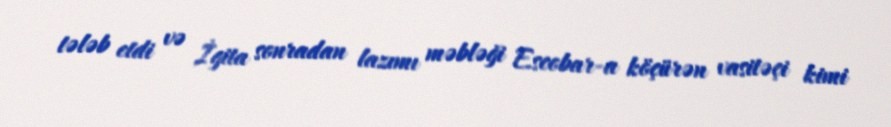
tələb etdi və İgita sonradan lazımı məbləği Escobar-a köçürən vasitəçi kimi